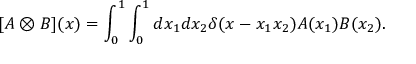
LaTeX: [ A \otimes B ] ( x ) = \int _ { 0 } ^ { 1 } \int _ { 0 } ^ { 1 } d x _ { 1 } d x _ { 2 } \delta ( x - x _ { 1 } x _ { 2 } ) A ( x _ { 1 } ) B ( x _ { 2 } ) .